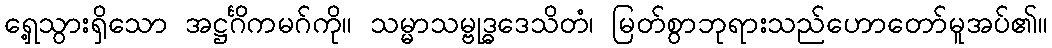
ရှေ့သွားရှိသော အဋ္ဌင်္ဂိကမဂ်ကို။ သမ္မာသမ္ဗုဒ္ဓဒေသိတံ၊ မြတ်စွာဘုရားသည်ဟောတော်မူအပ်၏။